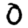
Digit: 0